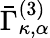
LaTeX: \bar{\Gamma}_{\kappa,\alpha}^{(3)}